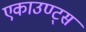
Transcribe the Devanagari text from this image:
एकाउण्‍ट्स